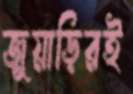
জুয়াড়িরই